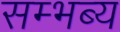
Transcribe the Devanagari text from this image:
सम्भब्य